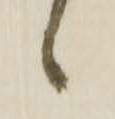
候